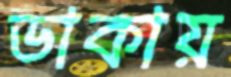
ডাকায়